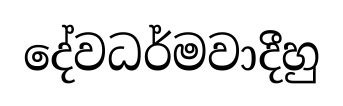
දේවධර්මවාදීහු